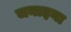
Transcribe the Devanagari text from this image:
जनाइना